Report of the Indian Hemp Drugs Commission, 1894-1895 - Volume IV
Year: 1894
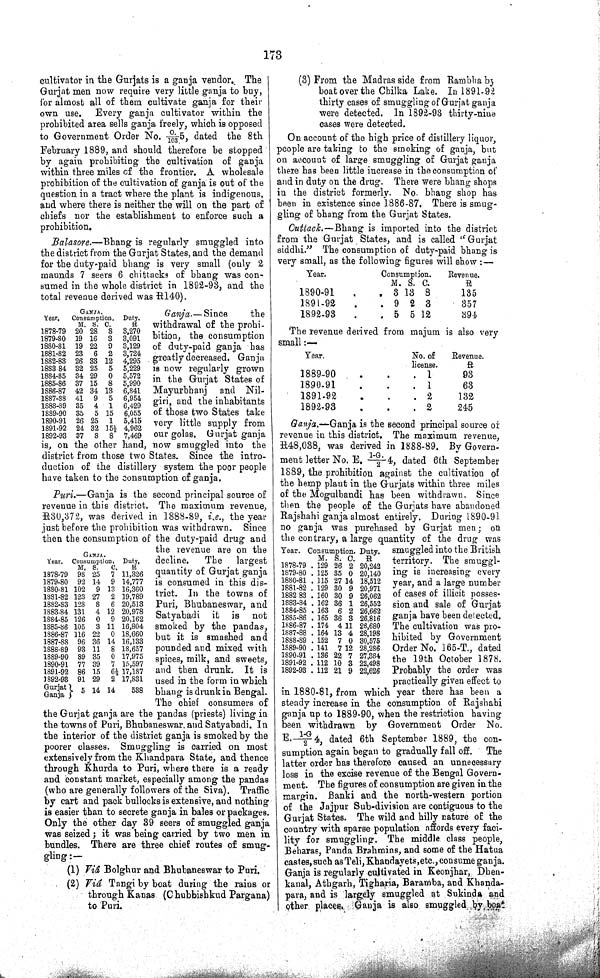
173
cultivator in the Gurjats is a ganja vendor. The
Gurjat men now require very little ganja to buy,
for almost all of them cultivate ganja for their
own use. Every ganja cultivator within the
prohibited area sells ganja freely, which is opposed
to Government Order No. 0./103.5, dated the 8th
February 1889, and should therefore be stopped
by again prohibiting the cultivation of ganja
within three miles of the frontier. A wholesale
prohibition of the cultivation of ganja is out of the
question in a tract where the plant is indigenous,
and where there is neither the will on the part of
chiefs nor the establishment to enforce such a
prohibition.
Balasore.—Bhang is regularly smuggled into
the district from the Gurjat States, and the demand
for the duty-paid bhang is very small (only 2
maunds 7 seers 6 chittacks of bhang was con¬
sumed in the whole district in 1892-93, and the
total revenue derived was R140).
GANJA.
Year,
Consumption. Duty.
M. S. C.
ft
1878-79 20 28 8 3,270
1879-80 19 16 3 3,091
1880-81 19 22 9 3,129
1881-82 23 6 2 3,724
1882-83 26 33 12 4,295
1883-84 32 25 5 5,229
1884-85 34 29 0 5,572
1885-86 37 15 8 5,990
1S86-87 42 34 13 6,841
1887-88 41 9 5 6,954
1888-89 35 4 1 6,429
1889-90 35 5 15 6,055
1890-91 26 25 1 5,415
1891-92 24 32 151/2 4,962
1892-93 37 8 8 7,469
Ganja.—Since
the
withdrawal of the prohi¬
bition, the consumption
of duty-paid ganja has
greatly decreased. Ganja.
is now regularly grown
in the Gurjat States of
Mayurbhanj and Nil-
giri, and the inhabitants
of those two States take
very little supply from
our golas. Gujrat ganja
is, on the other hand, now smuggled into the
district from those two States. Since the intro¬
duction of the distillery system the poor people
have taken to the consumption of ganja.
GANJA.
Year. Consumption. Duty.
M. S.
0.
R
1878-79 98 25 7 11,326
1879-80 92 14 9 14,777
1880-81 102 9 13 16,360
1881-82 123 27 2 19,789
1882-83 128 8 6 20,513
1883-84 131 4 12 20,978
1884-85 126 0 9 20,162
1885-86 105 3 11 16,804
1886-87 116 22 0 18,660
1887-88 96 36 14 16,133
1888-89 93 11 8 18,657
1889-90 89 35 0 17,975
1890-91 77 39 7 15,597
1891-92 86 15 61/2 17,187
1892-93 91 29 2 17,831
Gurjat
Ganja
5 14 14
538
Puri.—Ganja is the second principal source of
revenue in this district. The maximum revenue,
R30,372, was derived in 1888-89, i.e., the year
just before the prohibition was withdrawn. Since
then the consumption of the duty-paid drug and
the revenue are on the
decline.
The largest
quantity of Gurjat ganja
is consumed in this dis¬
trict. In the towns of
Puri, Bhubaneswar, and
Satyabadi it is not
smoked by the pandas,
but it is smashed and
pounded and mixed with
spices, milk, and sweets,
and then drunk. It is
used in the form in which
bhang is drunk in Bengal.
The chief consumers of
the Gurjat ganja are the pandas (priests) living in
the towns of Puri, Bhubaneswar and Satyabadi. In
the interior of the district ganja is smoked by the
poorer classes. Smuggling is carried on most
extensively from the Khandpara State, and thence
through Khurda to Puri, where there is a ready
and constant market, especially among the pandas
(who are generally followers of the Siva). Traffic
by cart and pack bullocks is extensive, and nothing
is easier than to secrete ganja in bales or packages.
Only the other day 39 seers of smuggled ganja
was seized; it was being carried by two men in
bundles. There are three chief routes of smug¬
gling:—
(1) Viâ Bolghur and Bhubaneswar to Puri.
(2) Viâ Tangi by boat during the rains or
through Kanas (Chubbishkud Pargana)
to Puri.
(3) From the Madras side from Rambha by
boat over the Chilka Lake. In 1891-92
thirty cases of smuggling of Gurjat ganja
were detected. In 1892-93 thirty-nine
cases were detected.
On account of the high price of distillery liquor,
people are taking to the smoking of ganja, but
on account of large smuggling of Gurjat ganja
there has been little increase in the consumption of
and in duty on the drug. There were bhang shops
in the district formerly. No. bhang shop has
been in existence since 1886-87. There is smug¬
gling of bhang from the Gurjat States.
Cuttack.—Bhang is imported into the district
from the Gurjat States, and is called "Gurjat
siddhi." The consumption of duty-paid bhang is
very small, as the following figures will show:—
Year.
Consumption.
Revenue.
M. S. C.
ft
1890-91
3 13 8
135
1891-92
9 2 3
357
1892-93
5 5 12
394.
The revenue derived from majum is also very
small:—
Year.
No. of
license.
Revenue.
ft
1889-90
1
93
1890-91
1
63
1891-92
2
132
1892-93
2
245
Ganja.—Ganja is the second principal source of
revenue in this district. The maximum revenue,
R48,038, was derived in 1888-89. By Govern¬
ment letter No. E. I-G./24, dated 6th September
1889, the prohibition against the cultivation of
the hemp plant in the Gurjats within three miles
of the Mogulbandi has been withdrawn. Since
then the people of the Gurjats have abandoned
Rajshahi ganja almost entirely. During 1890-91
no ganja was purchased by Gurjat men; on
the contrary, a large quantity of the drug was
smuggled into the British
territory. The smuggl¬
ing is increasing every
year, and a large number
of cases of illicit posses¬
sion and sale of Gurjat
ganja have been detected.
The cultivation was pro¬
hibited by Government
Order No. 165-T., dated
the 19th October 1878.
Probably the order was
practically given effect to
in 1880-81, from which year there has been a
steady increase in the consumption of Rajshahi
ganja up to 1889-90, when the restriction having
been withdrawn by Government Order No.
E.1-G/24, dated 6th September 1889, the con¬
sumption again began to gradually fall off. The
latter order has therefore caused an unnecessary
loss in the excise revenue of the Bengal Govern¬
ment. The figures of consumption are given in the
margin. Banki and the north-western portion
of the Jajpur Sub-division are contiguous to the
Gurjat States. The wild and hilly nature of the
country with sparse population affords every faci¬
lity for smuggling. The middle class people,
Beharas, Panda Brahmins, and some of the Hatua
castes, such as Teli, Khandayets, etc., consume ganja.
Ganja is regularly cultivated in Keonjhar, Dhen-
kanal, Athgarh, Tigharia, Baramba, and Khanda-
para, and is largely smuggled at Sukinda and
other places. Ganja is also smuggled by boat
Tear. Consumption. Duty.
M. S. C. R
1878-79
129 26 2 20,242
1879-80
125 35 0 20,140
1880-81 115 27 14 18,512
1881-82
129 30 9 20,971
1882 83 160 30 9 26,062
1883-84
162 36 1 26,552
1884-85
163 6 2 26,662
18S5-86
165 36 3 26.816
1886-87
174 4 11 28,680
1887-88 164 13 4 28,198
1888-89
152 7 0 80,575
1889-90
141 7 12 28,286
1890-91 136 22 7 27,384
1891-92 112 10 3 22,498
1892-93 112 21 9 22,626